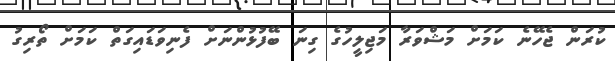
ކުރަން ޖެހޭނެ ކަމަށް މަޝްވަރާ މަޖިލީހުގެ ގިނަ ބޭފުޅުންނަށް ފެނިވަޑައިގަތް ކަމަށް ތޯރިގު